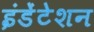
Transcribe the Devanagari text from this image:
इंडेंटेशन